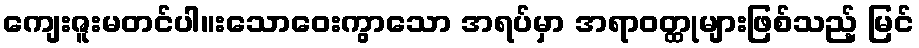
ကျေးဇူးမတင်ပါ။းသောဝေးကွာသော အရပ်မှာ အရာဝတ္ထုများဖြစ်သည့် မြင်